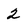
Character: 2